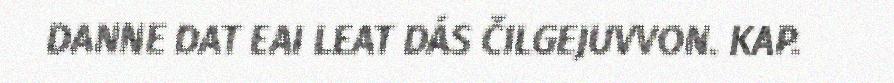
DANNE DAT EAI LEAT DÁS ČILGEJUVVON. KAP.